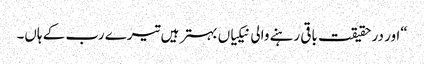
“اور در حقیقت باقی رہنے والی نیکیاں بہتر ہیں تیرے رب کے ہاں۔